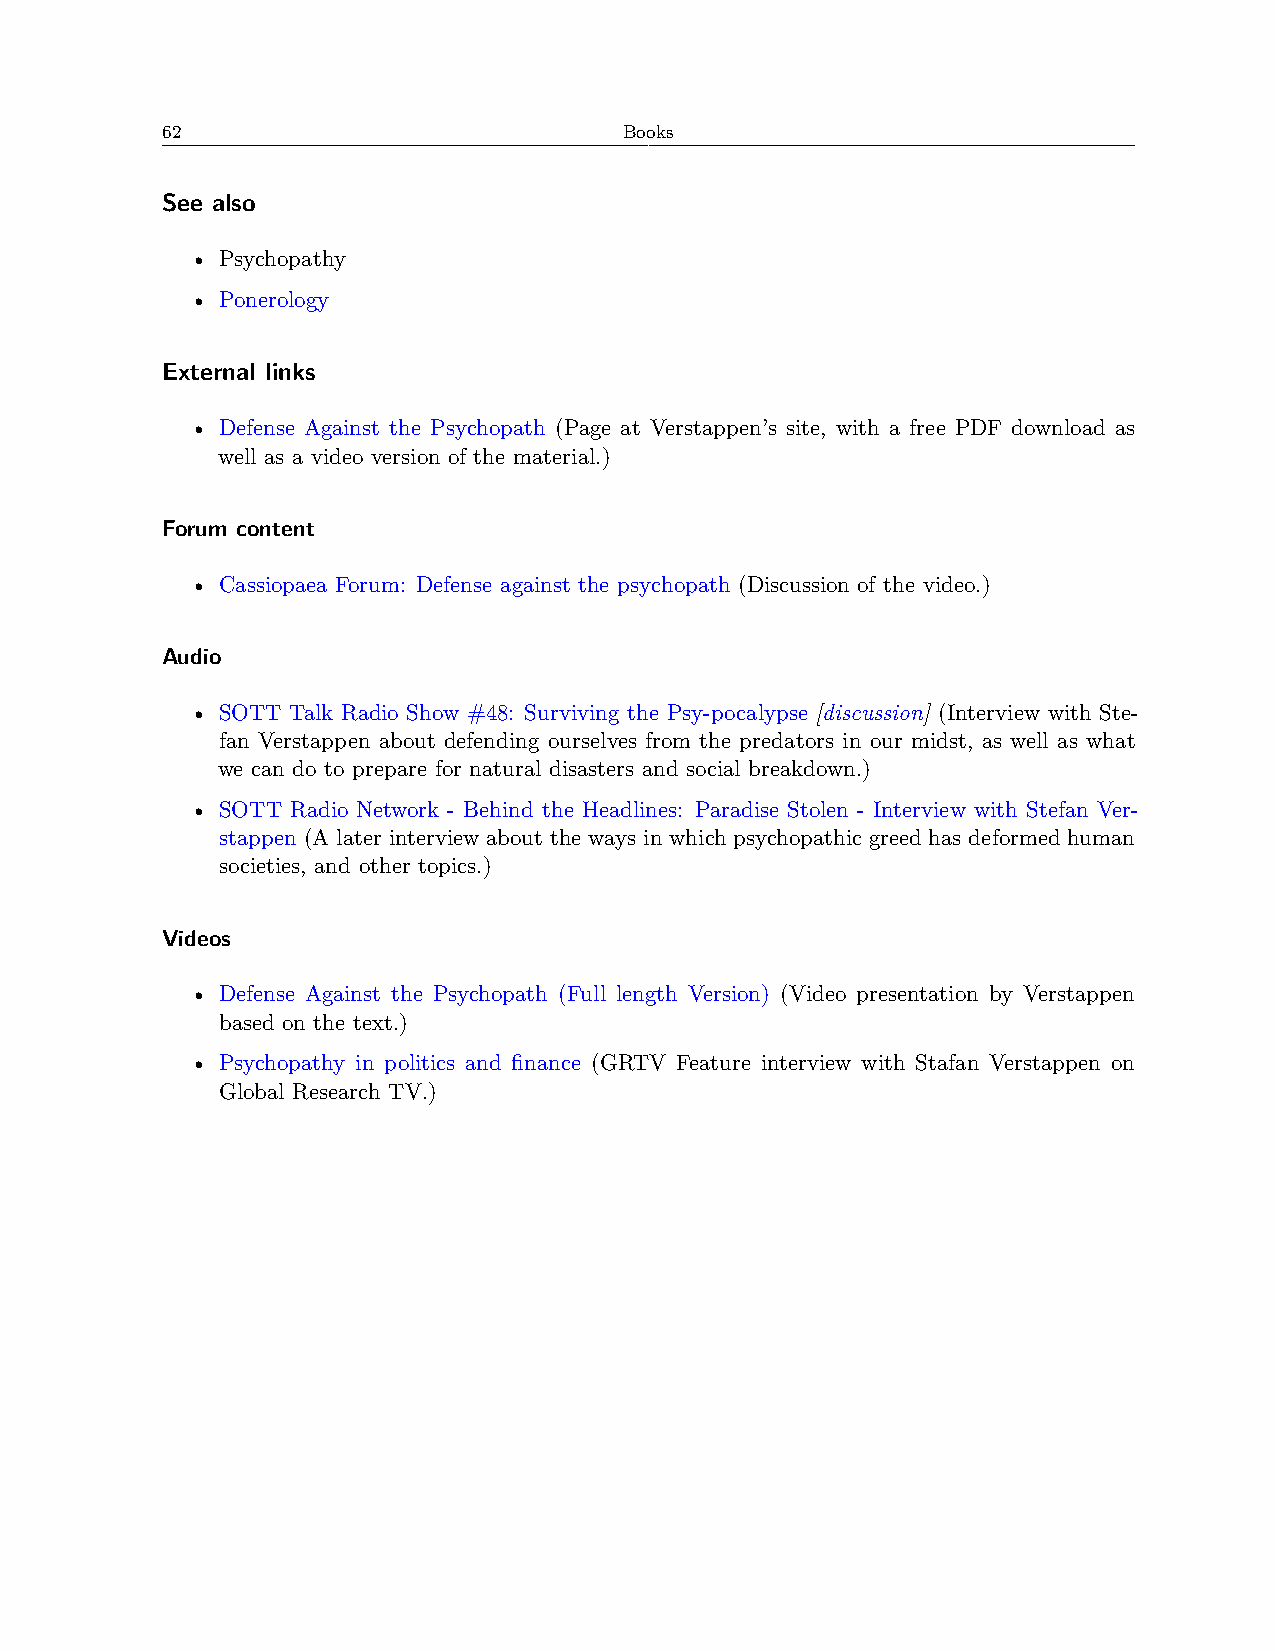
62                            Books
 See also
 • Psychopathy
 • Ponerology
 External links
 • Defense Against the Psychopath (Page at Verstappen’s site, with a free PDF download as
 well as a video version of the material.)
 Forum content
 • Cassiopaea Forum: Defense against the psychopath (Discussion of the video.)
 Audio
 • SOTT Talk Radio Show #48: Surviving the Psy-pocalypse [discussion] (Interview with Ste-
 fan Verstappen about defending ourselves from the predators in our midst, as well as what
 we can do to prepare for natural disasters and social breakdown.)
 • SOTT Radio Network - Behind the Headlines: Paradise Stolen - Interview with Stefan Ver-
 stappen (A later interview about the ways in which psychopathic greed has deformed human
 societies, and other topics.)
 Videos
 • Defense Against the Psychopath (Full length Version) (Video presentation by Verstappen
 based on the text.)
 • Psychopathy in politics and finance (GRTV Feature interview with Stafan Verstappen on
 Global Research TV.)